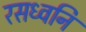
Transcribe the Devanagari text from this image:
रसध्वनि